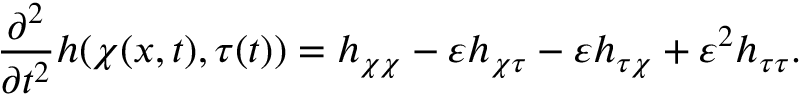
\frac { \partial ^ { 2 } } { \partial t ^ { 2 } } h ( \chi ( x , t ) , \tau ( t ) ) = h _ { \chi \chi } - \varepsilon h _ { \chi \tau } - \varepsilon h _ { \tau \chi } + \varepsilon ^ { 2 } h _ { \tau \tau } .